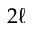
2 \ell